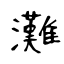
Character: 灘